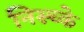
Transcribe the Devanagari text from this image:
निस्च्के